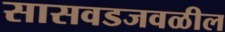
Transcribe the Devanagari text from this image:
सासवडजवळील